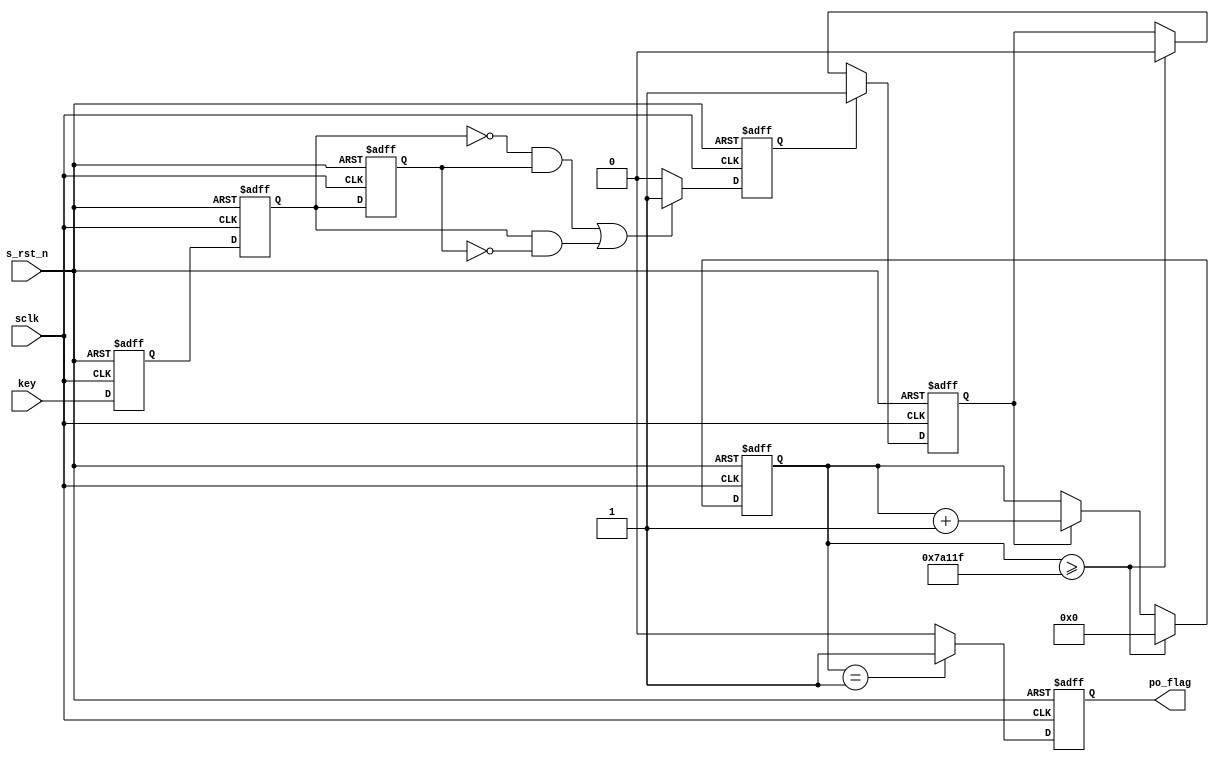
module  key(
        input                   sclk                    ,
        input                   s_rst_n                 ,
        input                   key                     ,
        output  reg             po_flag
);
//===================================================================\
// ========= Define Parameter and Internal Signals ==========
//===================================================================/
parameter       DELAY_10MS      =       499999                  ;

reg                             key_r1                          ;
reg                             key_r2                          ;
reg                             key_r3                          ;
reg                             key_chg                         ;
// reg                     key_neg                 ;
// reg                     key_pos                 ;
reg                             flag_cnt                        ;
// reg                     flag_pre                ;
// reg                     flag_for                ;
reg     [18:0]                  cnt_10ms                        ;
// reg             [ 8:0]  cnt_pre                 ;
// reg             [ 8:0]  cnt_for                 ;

//===========================================================================
// **************     Main     Code    **************
//===========================================================================
always  @(posedge sclk or negedge s_rst_n) begin
        if(s_rst_n == 1'b0) begin
                key_r1  <=      1'b1;
                key_r2  <=      1'b1;
                key_r3  <=      1'b1;
        end
        else begin
                key_r1  <=      key;
                key_r2  <=      key_r1;
                key_r3  <=      key_r2;
        end
end

always  @(posedge sclk or negedge s_rst_n) begin
        if(s_rst_n == 1'b0)
                key_chg <=      1'b0;
        else if((key_r2 == 1'b0 && key_r3 == 1'b1)||
                (key_r2 == 1'b1 && key_r3 == 1'b0))
                key_chg <=      1'b1;
        else
                key_chg <=      1'b0;
end

always  @(posedge sclk or negedge s_rst_n) begin
        if(s_rst_n == 1'b0)
                flag_cnt        <=      1'b0;
        else if(key_chg == 1'b1)
                flag_cnt        <=      1'b1;
        else if(cnt_10ms >= DELAY_10MS)
                flag_cnt        <=      1'b0;
end

always  @(posedge sclk or negedge s_rst_n) begin
        if(s_rst_n == 1'b0)
                cnt_10ms        <=      'd0;
        else if(cnt_10ms >= DELAY_10MS)
                cnt_10ms        <=      'd0;
        else if(flag_cnt == 1'b1)
                cnt_10ms        <=      cnt_10ms + 1'b1;
end

always  @(posedge sclk or negedge s_rst_n) begin
        if(s_rst_n == 1'b0)
                po_flag <=      1'b0;
        else if(cnt_10ms == 'd1)
                po_flag <=      1'b1;
        else
                po_flag <=      1'b0;
end

endmodule